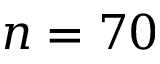
n = 7 0